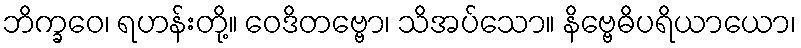
ဘိက္ခဝေ၊ ရဟန်းတို့။ ဝေဒိတဗ္ဗော၊ သိအပ်သော။ နိဗ္ဗေဓိပရိယာယော၊